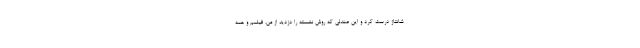
شانتاژ درست کرد و این صندلی که روش نشسته را دزدید از من، فیلمم و همه